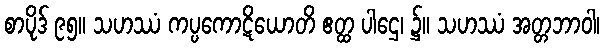
စာပိုဒ် ၉၅။ သဟဿံ ကပ္ပကောဋိယောတိ ဧတ္ထ ပါဌေ၊ ၌။ သဟဿံ အတ္တဘာဝါ၊